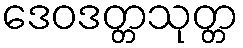
ဒေဝဒတ္တသုတ္တ